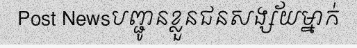
Post Newsបញ្ជូនខ្លួនជនសង្ស័យម្នាក់